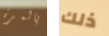
بالمرة ذلك